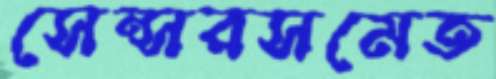
সেন্সরসমেত